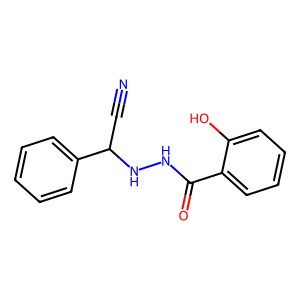
SMILES: N#CC(NNC(=O)c1ccccc1O)c1ccccc1
Inhibits HIV replication: No